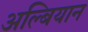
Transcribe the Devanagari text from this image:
अल्बियान